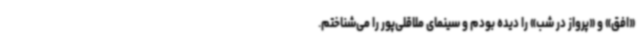
«افق» و «پرواز در شب» را دیده بودم و سینمای ملاقلی‌پور را می‌شناختم.